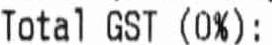
TOTAL GST (0%):